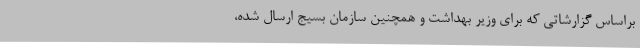
براساس گزارشاتی که برای وزیر بهداشت و همچنین سازمان بسیج ارسال شده،